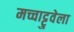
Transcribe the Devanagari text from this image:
मच्चाट्टुवेला